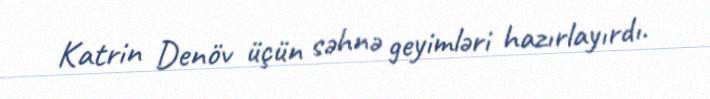
Katrin Denöv üçün səhnə geyimləri hazırlayırdı.